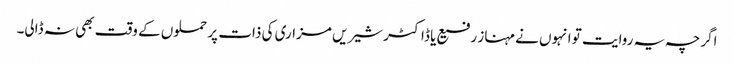
اگرچہ یہ روایت تو انہوں نے مہناز رفیع یا ڈاکٹر شیریں مزاری کی ذات پر حملوں کے وقت بھی نہ ڈالی۔